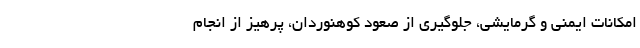
امکانات ایمنی و گرمایشی، جلوگیری از صعود کوهنوردان، پرهیز از انجام